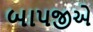
બાપજીએ